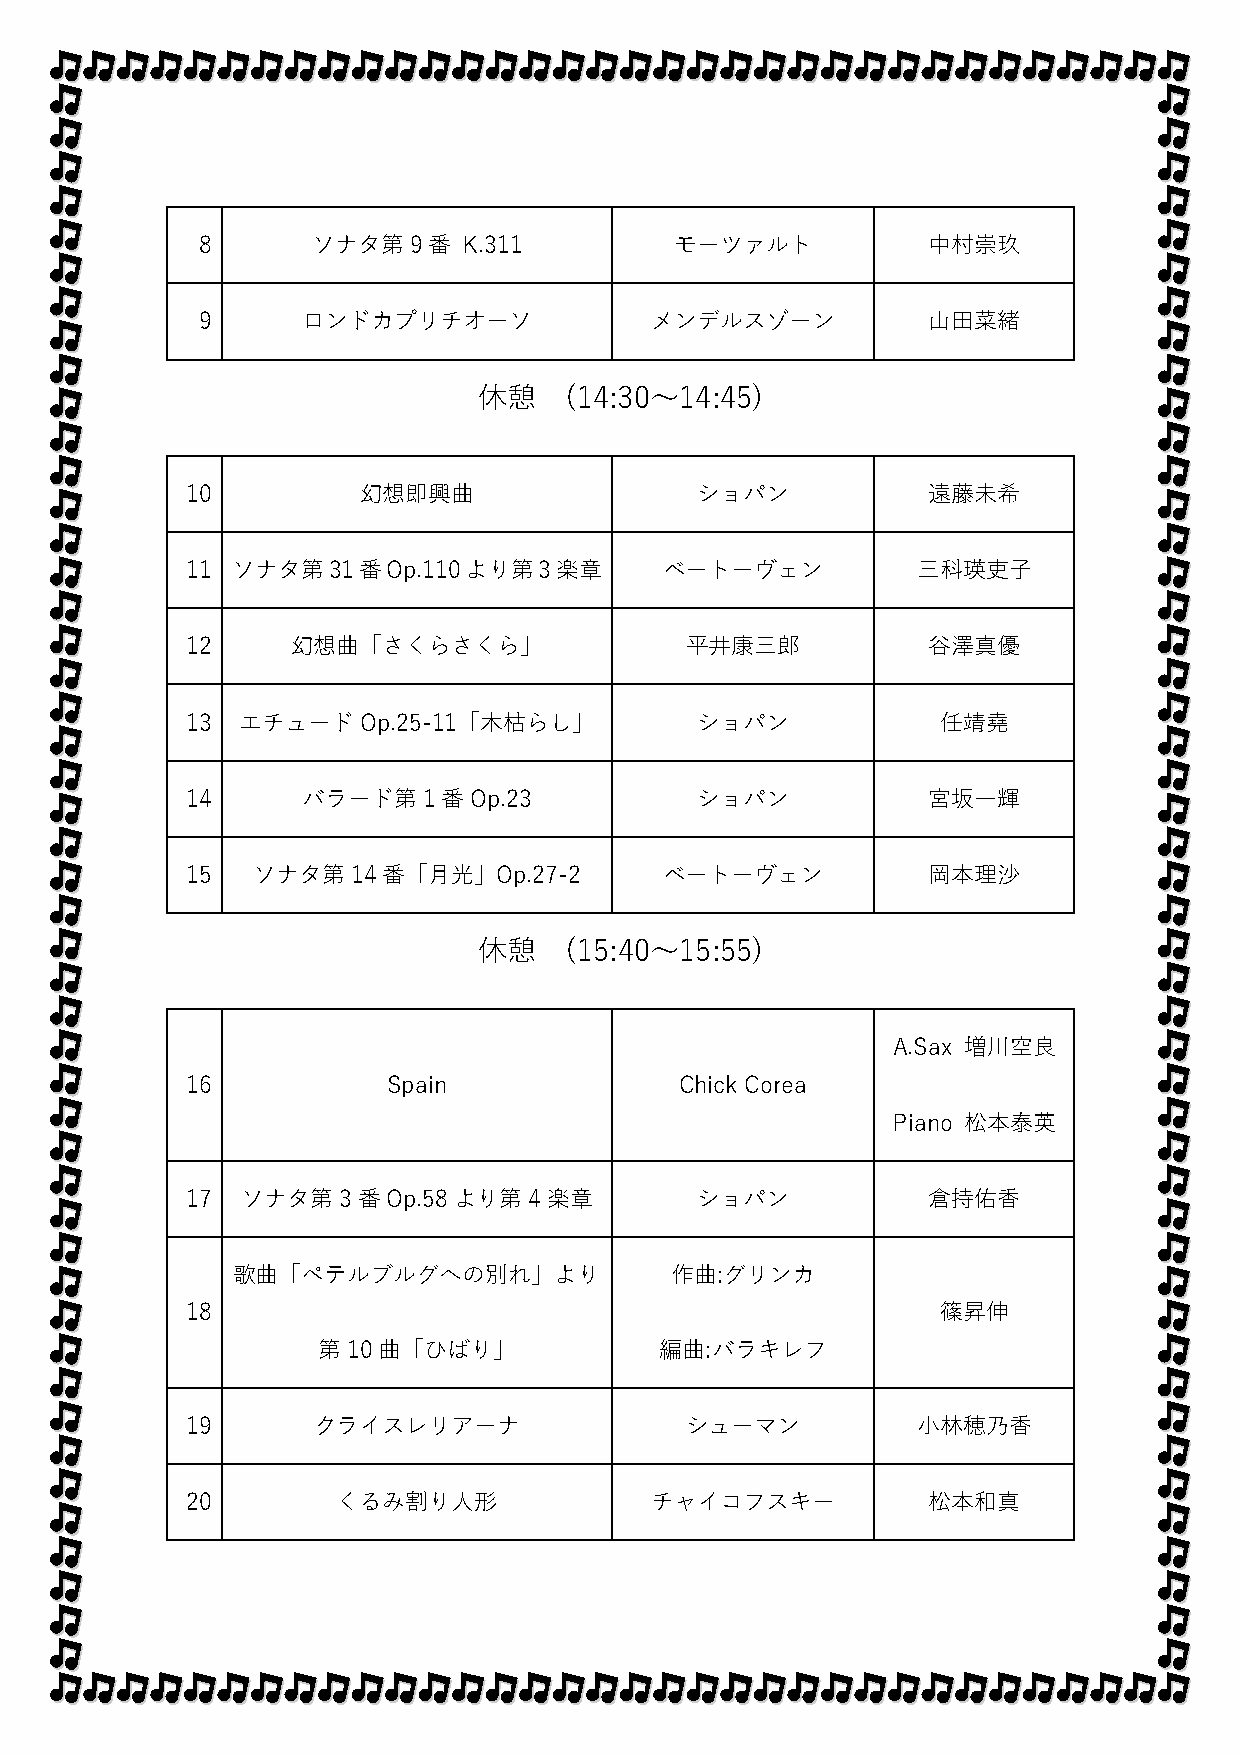
8       ソナタ第9番    K.311         モーツァルト          中村崇玖
 9      ロンドカプリチオーソ             メンデルスゾーン          山田菜緒
 休憩   (14:30～14:45)
 10          幻想即興曲                 ショパン           遠藤未希
 11 ソナタ第31番Op.110より第3楽章          ベートーヴェン          三科瑛吏子
 12     幻想曲「さくらさくら」               平井康三郎           谷澤真優
 13  エチュードOp.25-11「木枯らし」           ショパン            任靖堯
 14      バラード第1番Op.23              ショパン           宮坂一輝
 15   ソナタ第14番「月光」Op.27-2         ベートーヴェン          岡本理沙
 休憩   (15:40～15:55)
 A.Sax 増川空良
 16            Spain              Chick Corea
 Piano 松本泰英
 17  ソナタ第3番Op.58より第4楽章             ショパン           倉持佑香
 歌曲「ペテルブルグへの別れ」より             作曲:グリンカ
 18                                                篠昇伸
 第10曲「ひばり」              編曲:バラキレフ
 19       クライスレリアーナ               シューマン           小林穂乃香
 20        くるみ割り人形              チャイコフスキー          松本和真